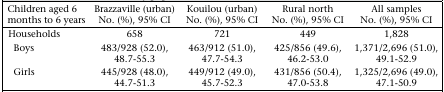
<table><thead><tr><td><b>Children aged 6 months to 6 years</b></td><td><b>Brazzaville (urban) No. (%), 95% CI</b></td><td><b>Kouilou (urban) No. (%), 95% CI</b></td><td><b>Rural north No. (%), 95% CI</b></td><td><b>All samples No. (%), 95% CI</b></td></tr></thead><tbody><tr><td>Households</td><td>658</td><td>721</td><td>449</td><td>1,828</td></tr><tr><td>Boys</td><td>483/928 (52.0), 48.7-55.3</td><td>463/912 (51.0), 47.7-54.3</td><td>425/856 (49.6), 46.2-53.0</td><td>1,371/2,696 (51.0), 49.1-52.9</td></tr><tr><td>Girls</td><td>445/928 (48.0), 44.7-51.3</td><td>449/912 (49.0), 45.7-52.3</td><td>431/856 (50.4), 47.0-53.8</td><td>1,325/2,696 (49.0), 47.1-50.9</td></tr></tbody></table>